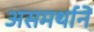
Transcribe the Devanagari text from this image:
असमर्थानें